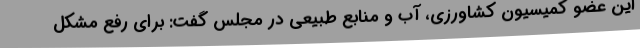
این عضو کمیسیون کشاورزی، آب و منابع طبیعی در مجلس گفت: برای رفع مشکل